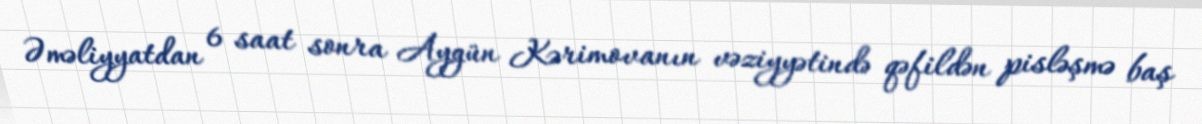
Əməliyyatdan 6 saat sonra Aygün Kərimovanın vəziyyətində qəfildən pisləşmə baş